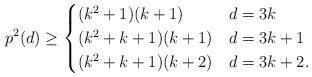
LaTeX: \begin{align*}p^2(d) \ge\begin{cases}(k^2+1)(k+1) & d = 3k \\(k^2+k+1)(k+1) & d = 3k+1 \\(k^2+k+1)(k+2) & d = 3k+2.\end{cases}\end{align*}